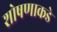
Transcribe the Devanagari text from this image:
शोषणाकडे